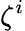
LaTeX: \zeta^{i}